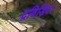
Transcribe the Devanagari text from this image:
द्रविड़िया